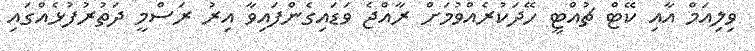
ވިލިއަމް އާއި ކޭޓް ޗުއްޓީ ހޭދަކުރެއްވުމަށް ރާއްޖެ ވަޑައިގެންފައިވާ އިރު ރަސްމީ ދަތުރުފުޅެއްގައި